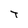
Character: T